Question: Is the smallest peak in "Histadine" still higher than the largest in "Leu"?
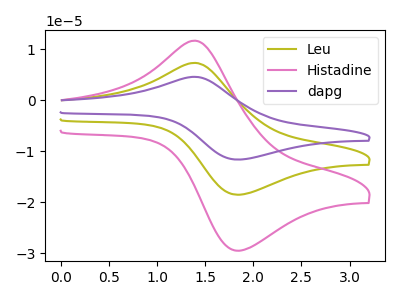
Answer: <think>The olive curve "Leu" has an anodic peak at (1.40V, 7.35uA) and a cathodic peak at (1.85V, -18.55uA). The pink curve "Histadine" has an anodic peak at (1.40V, 11.70uA) and a cathodic peak at (1.85V, -29.55uA). The purple curve "dapg" has an anodic peak at (1.40V, 14.70uA) and a cathodic peak at (1.85V, -37.10uA).</think>
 <answer>Every peak in "Histadine" is higher than every peak in "Leu".</answer>
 <eval>higher</eval>